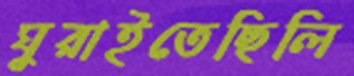
ঘুরাইতেছিলি